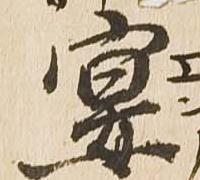
宴